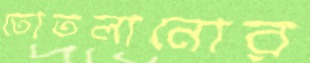
তোতলানোর